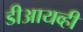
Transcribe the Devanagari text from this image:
डीआयव्ही